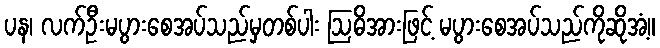
ပန၊ လက်ဦးမပွားစေအပ်သည်မှတစ်ပါး ဩဓိအားဖြင့် မပွားစေအပ်သည်ကိုဆိုအံ့။